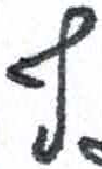
אות: ף